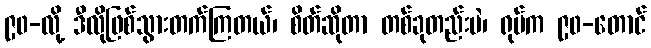
၉၀-လို့ ဒီလိုဖြစ်သွားတက်ကြတယ်၊ စိတ်ဆိုတာ တစ်ခုတည်းပဲ၊ ရုပ်က ၉၀-တောင်